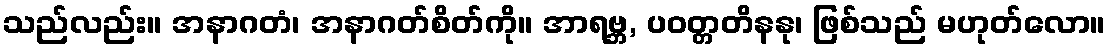
သည်လည်း။ အနာဂတံ၊ အနာဂတ်စိတ်ကို။ အာရဗ္ဘ, ပဝတ္တတိနနု၊ ဖြစ်သည် မဟုတ်လော။